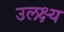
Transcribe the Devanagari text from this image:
उलक्ष्य